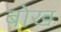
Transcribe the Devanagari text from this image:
बोख